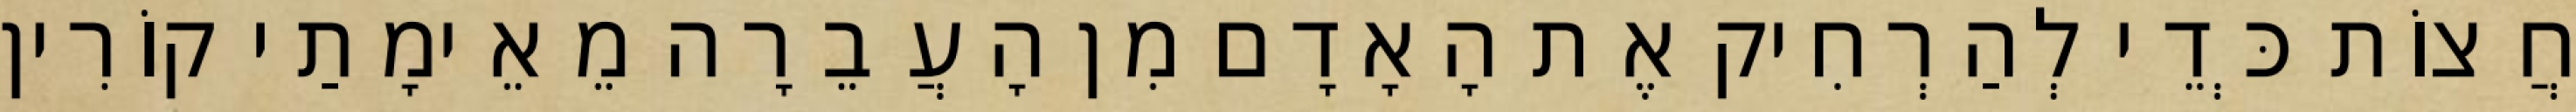
חֲצוֹת כְּדֵי לְהַרְחִיק אֶת הָאָדָם מִן הָעֲבֵרָה מֵאֵימָתַי קוֹרִין